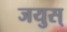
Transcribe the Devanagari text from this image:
जयुस्